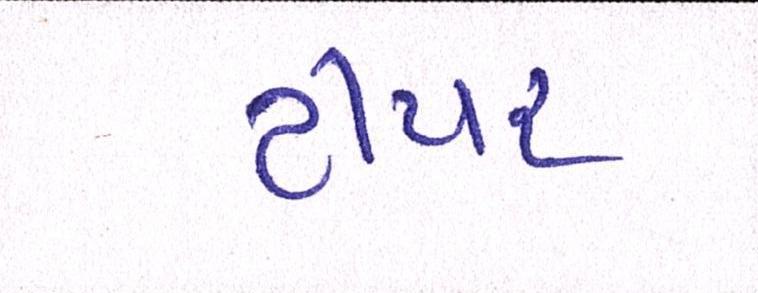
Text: ટીયર